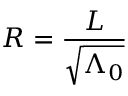
R = \frac { L } { \sqrt { \Lambda _ { 0 } } }